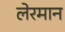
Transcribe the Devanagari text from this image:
लेरमान